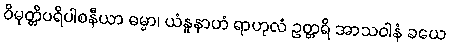
ဝိမုတ္တိပရိပါစနီယာ ဓမ္မာ၊ ယံနူနာဟံ ရာဟုလံ ဥတ္တရိ အာသဝါနံ ခယေ